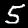
Digit: 5